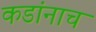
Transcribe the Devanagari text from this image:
कडांनाच